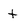
Character: t